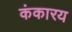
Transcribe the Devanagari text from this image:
कंकारय